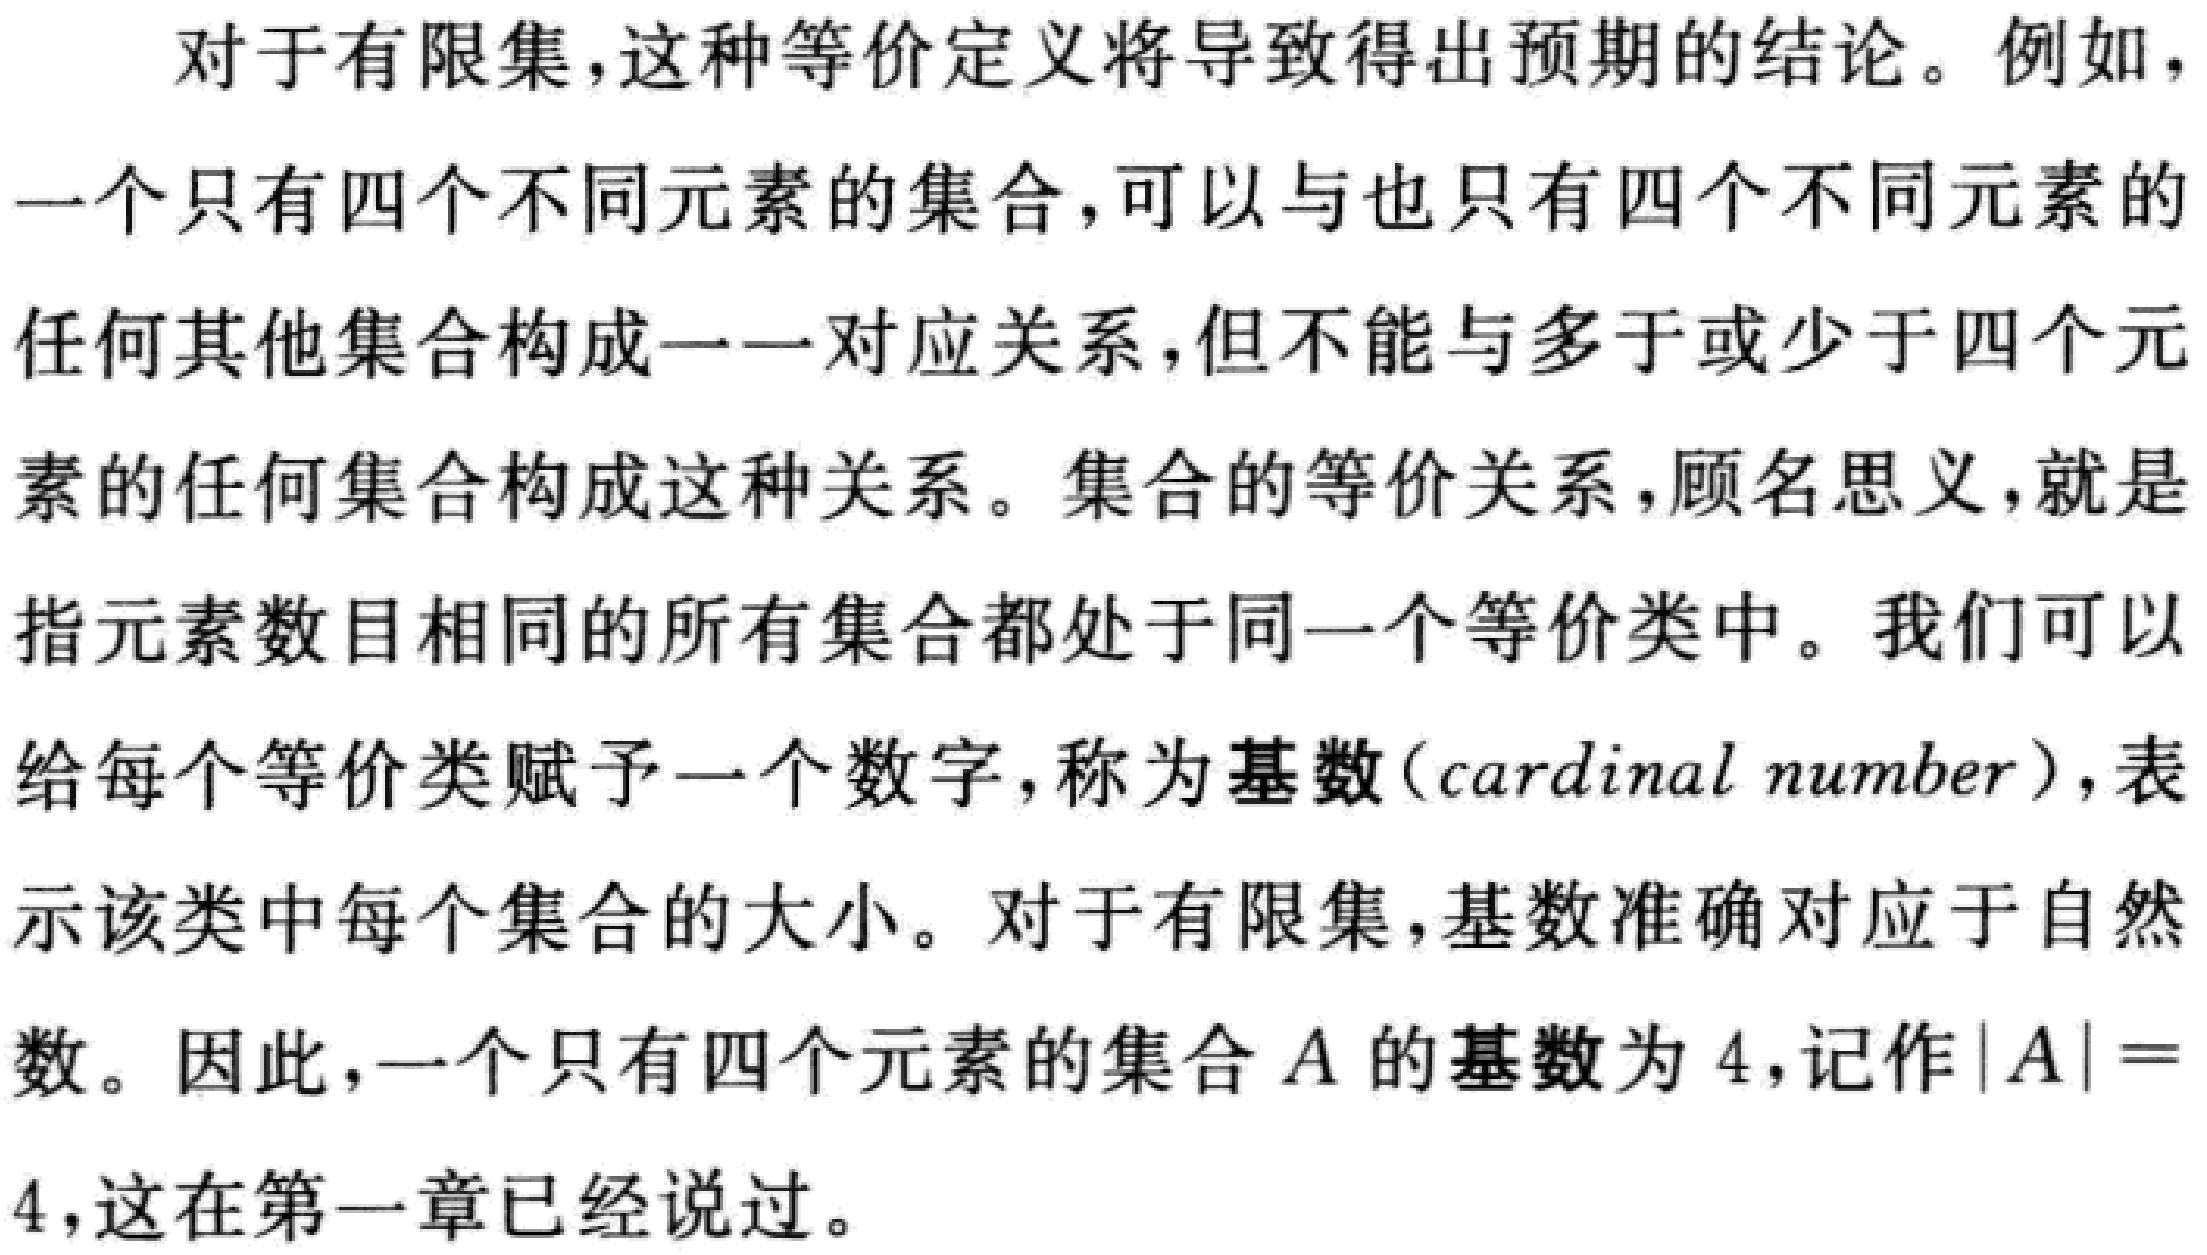
对于有限集,这种等价定义将导致得出预期的结论。例如，一个只有四个不同元素的集合，可以与也只有四个不同元素的任何其他集合构成一一对应关系,但不能与多于或少于四个元素的任何集合构成这种关系。集合的等价关系,顾名思义,就是指元素数目相同的所有集合都处于同一个等价类中。我们可以给每个等价类赋予一个数字,称为基数(cardinal number),表示该类中每个集合的大小。对于有限集,基数准确对应于自然数。因此,一个只有四个元素的集合\(A\)的基数为\(4\),记作\(\vert A\vert = 4\),这在第一章已经说过。